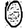
Digit: 0